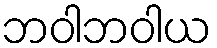
ဘဝါဘဝါယ